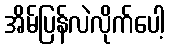
အိမ်ပြန်လဲလိုက်ပေါ့